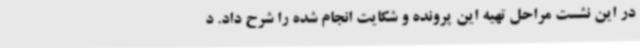
در این نشست مراحل تهیه این پرونده و شکایت انجام شده را شرح داد. د